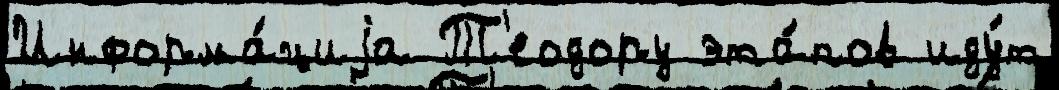
Информа́циjа Т'еодору эта́пов иду́т